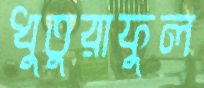
ধুতুরাফুল